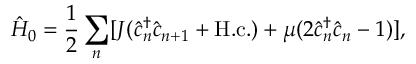
\hat { H } _ { 0 } = \frac { 1 } { 2 } \sum _ { n } [ J ( \hat { c } _ { n } ^ { \dagger } \hat { c } _ { n + 1 } + \mathrm { H . c . } ) + \mu ( 2 \hat { c } _ { n } ^ { \dagger } \hat { c } _ { n } - 1 ) ] ,